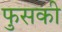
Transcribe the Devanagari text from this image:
फुसकी